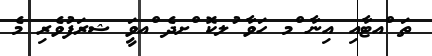
ތަ ްއޓާއި އިނާ ްމ ހަވާ ުލކޮ ްށދެ ްއވީަ ޝރަފުވެރި މެ